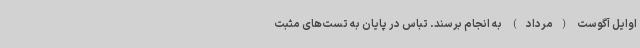
اوایل آگوست (مرداد) به انجام برسند. تباس در پایان به تست‌های مثبت